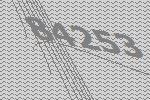
84253